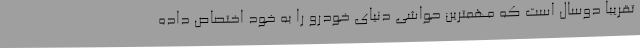
تقریبا دوسال است که مهمترین حواشی دنیای خودرو را به خود اختصاص داده